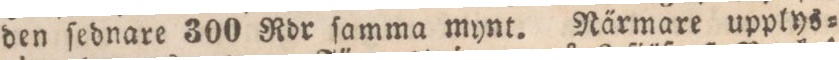
den ſednare 300 Rdr ſamma mynt. Närmare upplys=